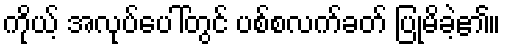
ကိုယ့် အလုပ်ပေါ်တွင် ပစ်စလက်ခတ် ပြုမိခဲ့၏။